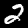
Digit: 2